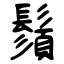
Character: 鬚